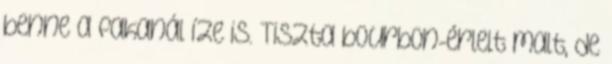
benne a fakanál íze is. Tiszta bourbon-érlelt malt, de